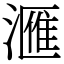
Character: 𣾀